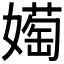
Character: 𫱰